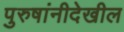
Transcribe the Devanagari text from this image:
पुरुषांनीदेखील